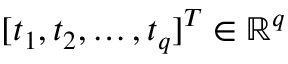
[ t _ { 1 } , t _ { 2 } , \ldots , t _ { q } ] ^ { T } \in \mathbb { R } ^ { q }